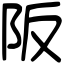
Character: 阪